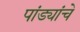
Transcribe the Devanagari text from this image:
पांड्यांचे